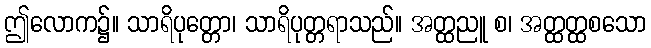
ဤလောက၌။ သာရိပုတ္တော၊ သာရိပုတ္တရာသည်။ အတ္ထညူ စ၊ အတ္ထတ္ထစသော